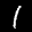
Label: 1